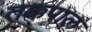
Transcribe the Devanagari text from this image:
तक्कपाल